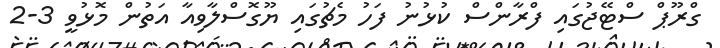
ގްރޫޕް ސްޓޭޖުގައި ފްރާންސް ކުޅުނު ފަހު މެޗުގައި ޔޫގޮސްލާވިއާ އަތުން މޮޅުވީ 3-2